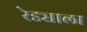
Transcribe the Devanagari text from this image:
रेड्याला